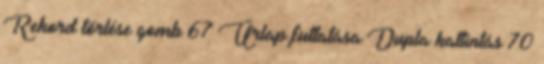
Rekord törlése gomb 67 Űrlap futtatása Dupla kattintás 70